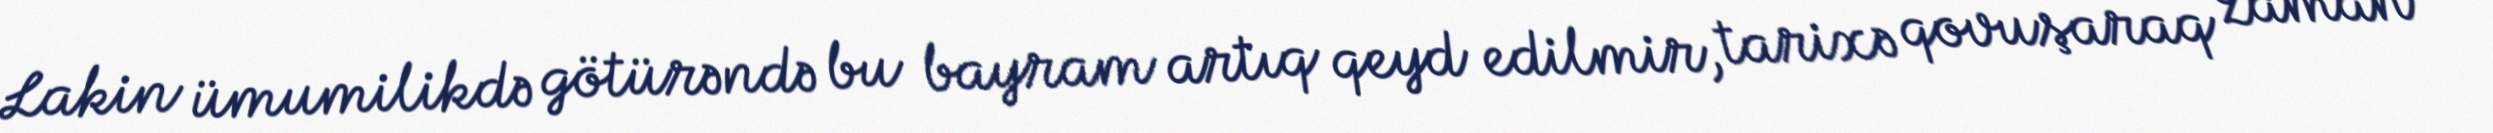
Lakin ümumilikdə götürəndə bu bayram artıq qeyd edilmir, tarixə qovuşaraq zaman